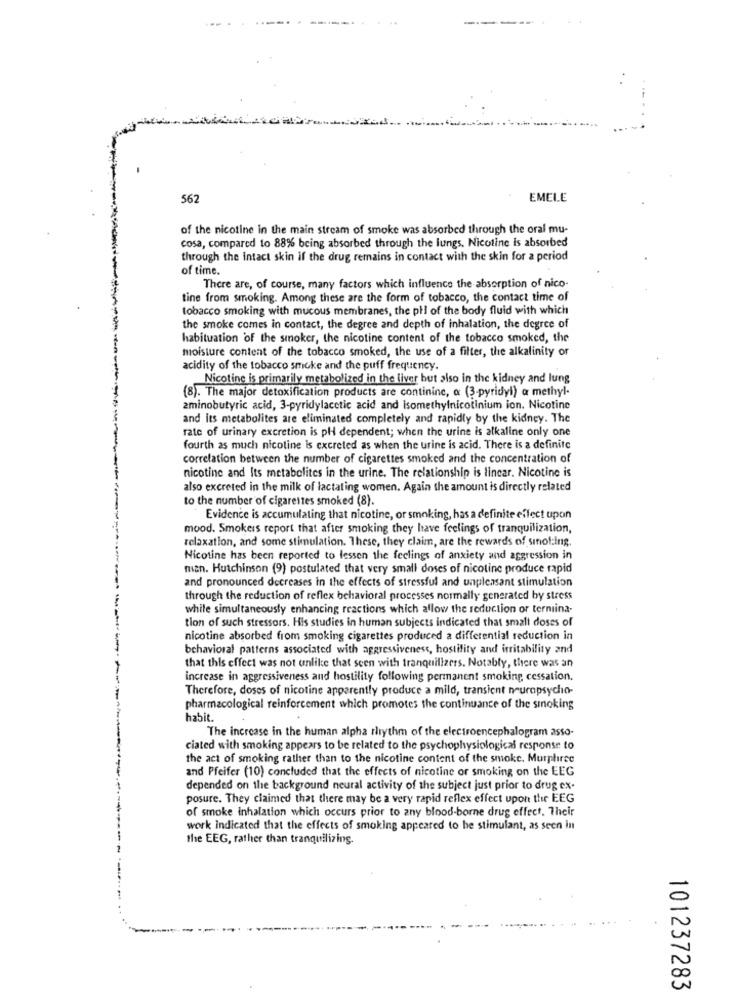
562
EMELE
of the nicotine in the main stream of smoke was absorbed through the oral mu-
cosa, compared to 88% being absorbed through the lungs. Nicotine is absorbed
through the Intact skin if the drug remains in contact with the skin for a period
of time.
There are, of course, many factors which influence the absorption of nico-
tine from smoking. Among these are the form of tobacco, the contact time of
tobacco smoking with mucous membranes, the phi of the body fluid with which
the smoke comes in contact, the degree and depth of inhalation, the degree of
habituation of the smoker, the nicotine content of the tobacco smoked, the
moisture content of the tobacco smoked, the use of a filter, the alkalinity or
acidity of the tobacco smoke and the puff frequency.
Nicotine is primarily metabolized in the liver but also in the kidney and lung
(8). The major detoxification products are continine, a (3-pyridyl) a methyl-
aminobutyric acid, 3-pyridylacetic acid and isomethylnicotinium ion. Nicotine
and its metabolites are eliminated completely and rapidly by the kidney. The
rate of urinary excretion is pH dependent; when the urine is alkaline only one
fourth as much nicotine Is excreted as when the urine is acid. There is a definite
correlation between the number of cigarettes smoked and the concentration of
nicotine and Its metabolites in the urine. The relationship is lincar. Nicotine is
also excreted in the milk of lactating women. Again the amount is directly related
to the number of cigarettes smoked (8).
Evidence is accumulating that nicotine, or smoking, has a definite effect upon
mood. Smokers report that after smoking they have feelings of tranquilization,
relaxation, and some stimulation. These, they claim, are the rewards of sinol:ing.
Nicotine has been reported to lessen the feelings of anxiety and aggression in
man. Hutchinson (9) postulated that very small doses of nicotine produce rapid
and pronounced decreases in the effects of stressful and unpleasant stimulation
through the reduction of reflex behavioral processes normally generated by stress
while simultaneously enhancing reactions which allow the reduction or terniina-
tion of such stressors. His studies in human subjects indicated that small doses of
nicotine absorbed from smoking cigarettes produced a differential reduction in
behavioral patterns associated with aggressiveness, hostility and irritability and
that this effect was not unlike that seen with tranquilizers. Notably, there was an
increase in aggressiveness and hostility following permanent smoking cessation.
Therefore, doses of nicotine apparently produce a mild, transient neuropsycho-
pharmacological reinforcement which promotes the continuance of the sinoking
habit.
The increase in the human alpha rhythm of the electroencephalogram asso-
ciated with smoking appears to be related to the psychophysiological response to
the act of smoking rather than to the nicotine content of the smoke. Murphirse
and Pfeifer (10) concluded that the effects of nicotine or smoking on the EEG
depended on the background neural activity of the subject just prior to drug ex-
posure. They claimed that there may be a very rapid reflex effect upon the EEG
of smoke inhalation which occurs prior to any blood-borne drug effect. Their
work indicated that the effects of smoking appeared to be stimulant, as seen in
the EEG, rather than tranquilizing.
101237283